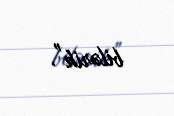
bilərik”.